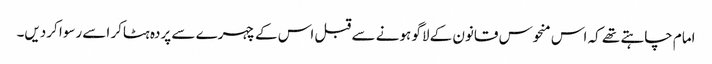
امام چاہتے تھے کہ اس منحوس قانون کے لاگو ہونے سے قبل اس کے چہرے سے پردہ ہٹاکر اسے رسوا کردیں۔